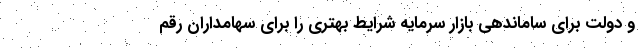
و دولت برای ساماندهی بازار سرمایه شرایط بهتری را برای سهامداران رقم